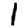
Digit: 1